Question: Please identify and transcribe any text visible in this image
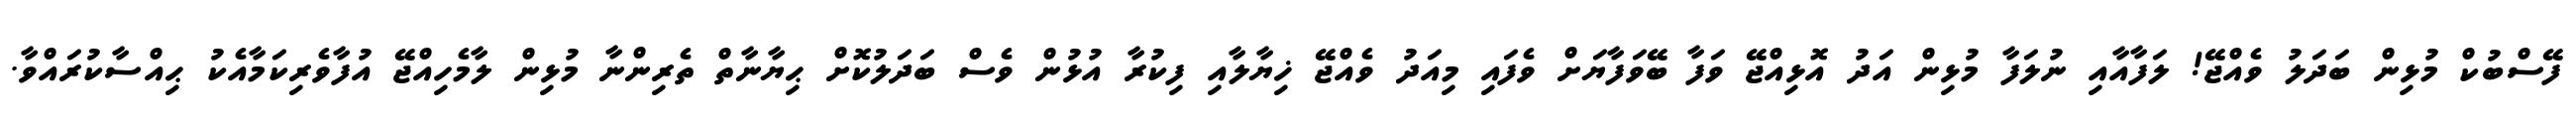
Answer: ފޭސްބުކް މުޅިން ބަދަލު ވެއްޖޭ! ލަފާއާއި ނުލަފާ މުޅިން އަދު އޮޅިއްޖޭ ވަފާ ބޭވަފާޔަށް ވެފައި މިއަދު ވެއްޖޭ ޚިޔާލާއި ފިކުރާ އުޅުން ވެސް ބަދަލުކޮށް ޙިޔާނާތް ތެރިންނާ މުޅިން ލާމެހިއްޖޭ އުފާވެރިކަމާއެކު ޙިއްސާކުރައްވާ.